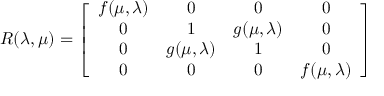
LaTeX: R ( \lambda , \mu ) = \left[ \begin{array} { c c c c } { { f ( \mu , \lambda ) } } & { { 0 } } & { { 0 } } & { { 0 } } \\ { { 0 } } & { { 1 } } & { { g ( \mu , \lambda ) } } & { { 0 } } \\ { { 0 } } & { { g ( \mu , \lambda ) } } & { { 1 } } & { { 0 } } \\ { { 0 } } & { { 0 } } & { { 0 } } & { { f ( \mu , \lambda ) } } \end{array} \right]